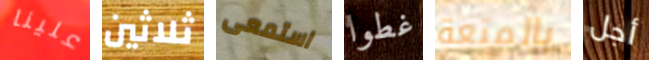
علينا ثلاثين استمعى غطوا بالمتعة أجل